38_143685_box7_Incident_Summaries_1-100
Agency: Department of War
Page 75
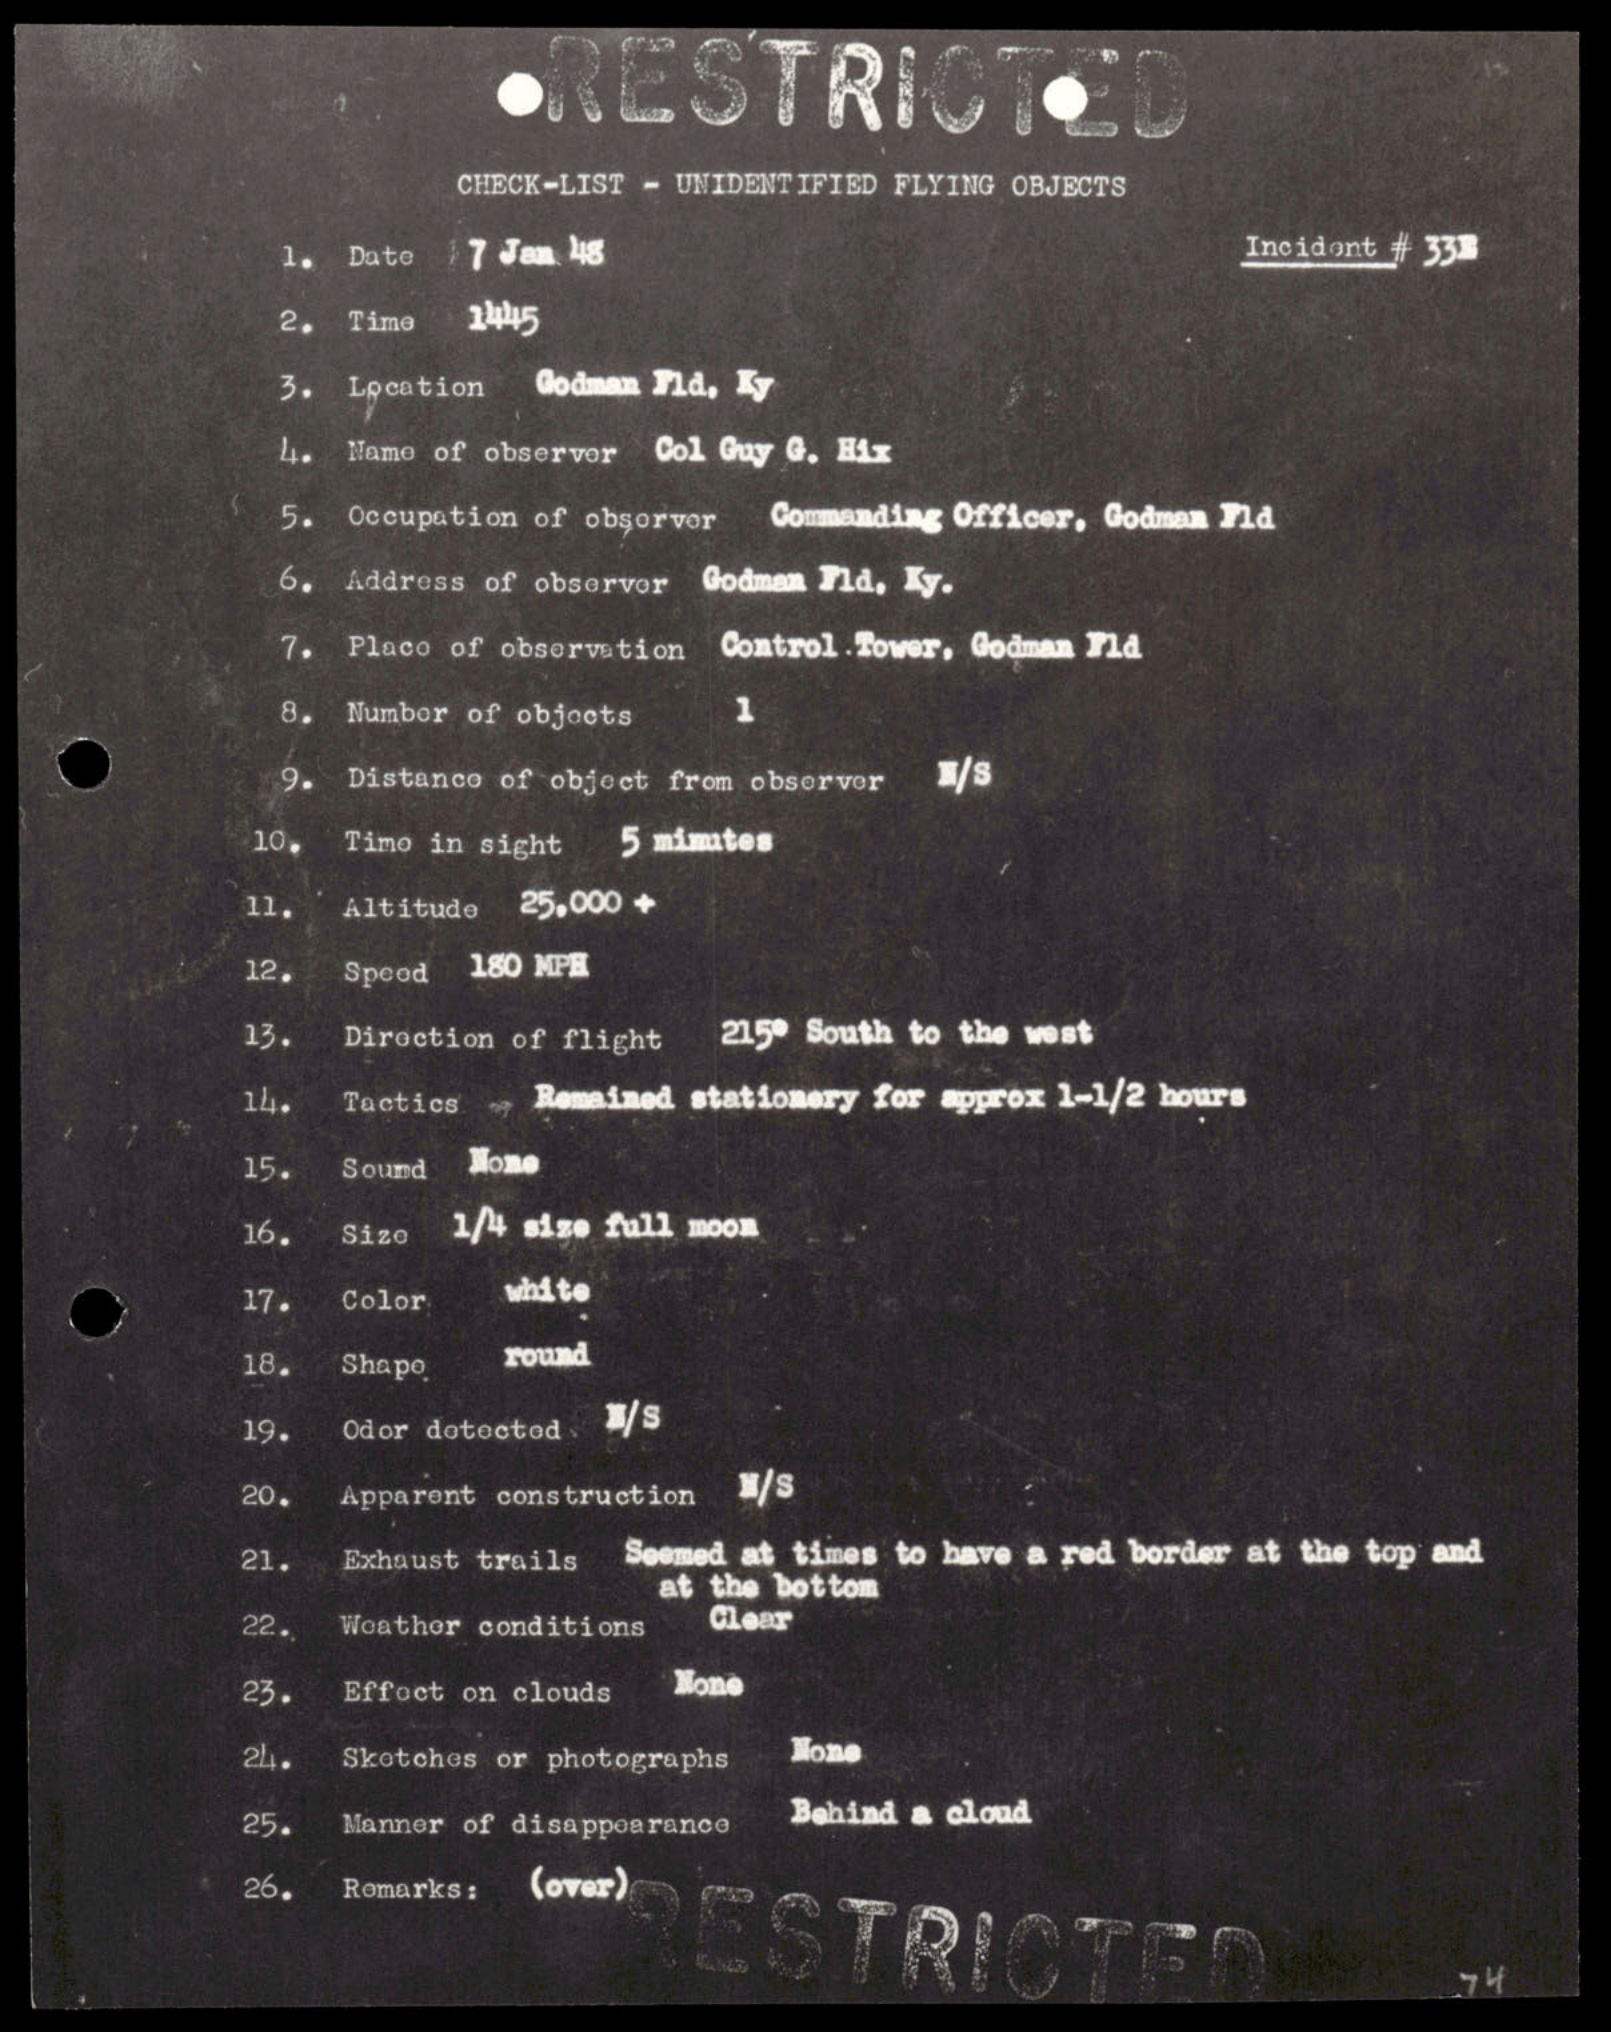